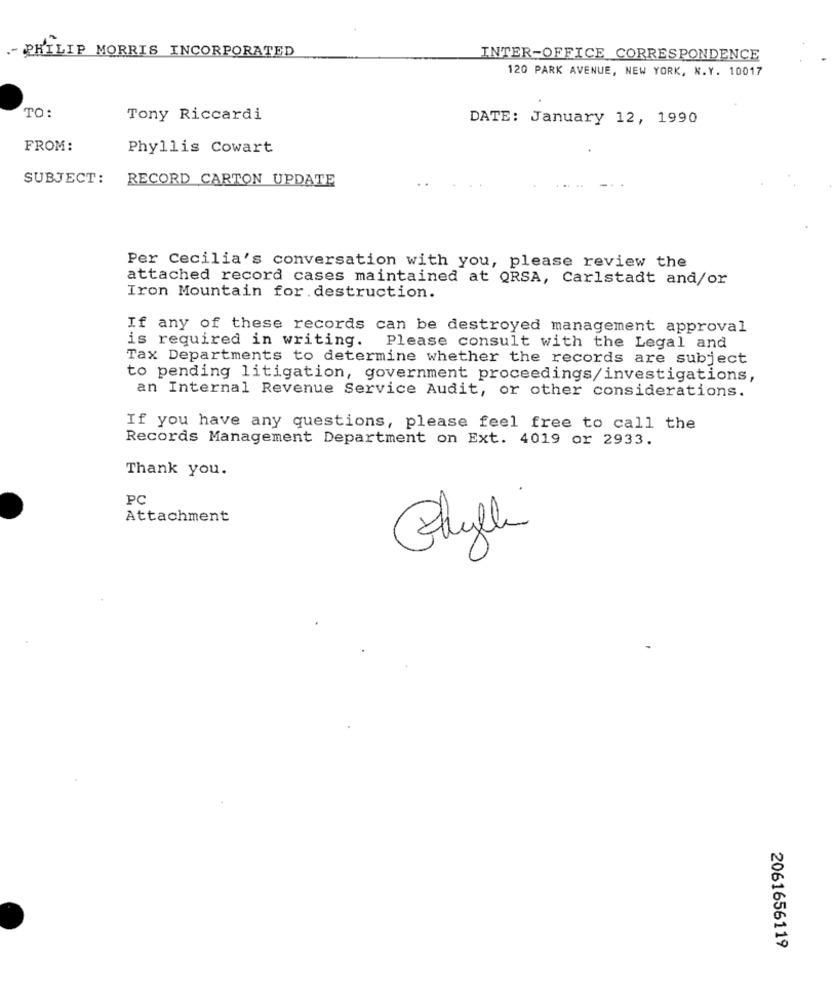
- PHILIP MORRIS INCORPORATED
INTER-OFFICE CORRESPONDENCE
120 PARK AVENUE, NEW YORK, N.Y. 10017
TO:
Tony Riccardi
DATE: January 12, 1990
FROM:
Phyllis Cowart
SUBJECT:
RECORD CARTON UPDATE
Per Cecilia's conversation with you, please review the
attached record cases maintained at QRSA, Carlstadt and/or
Iron Mountain for destruction.
If any of these records can be destroyed management approval
is required in writing. Please consult with the Legal and
Tax Departments to determine whether the records are subject
to pending litigation, government proceedings/investigations,
an Internal Revenue Service Audit, or other considerations.
If you have any questions, please feel free to call the
Records Management Department on Ext. 4019 or 2933.
Thank you.
PC
Attachment
Chylli
2061656119